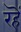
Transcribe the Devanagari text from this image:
रहॆं